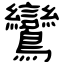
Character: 鸞